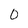
Character: 0